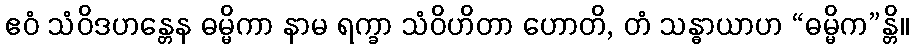
ဧဝံ သံဝိဒဟန္တေန ဓမ္မိကာ နာမ ရက္ခာ သံဝိဟိတာ ဟောတိ, တံ သန္ဓာယာဟ “ဓမ္မိက”န္တိ။